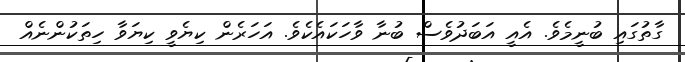
ގާތުގައި ބުނީމެވެ. އެއީ އަބަދުވެސް ބުނާ ވާހަކައެކެވެ. އަހަރެން ކިޔެވީ ކިޔަވާ ހިތަކުންނެއް